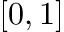
[ 0 , 1 ]